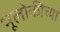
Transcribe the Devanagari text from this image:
भूलोकीच्या